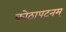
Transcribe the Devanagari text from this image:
कोठापटनम्